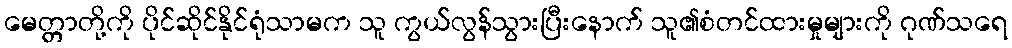
မေတ္တာတို့ကို ပိုင်ဆိုင်နိုင်ရုံသာမက သူ ကွယ်လွန်သွားပြီးနောက် သူ၏စံတင်ထားမှုများကို ဂုဏ်သရေ